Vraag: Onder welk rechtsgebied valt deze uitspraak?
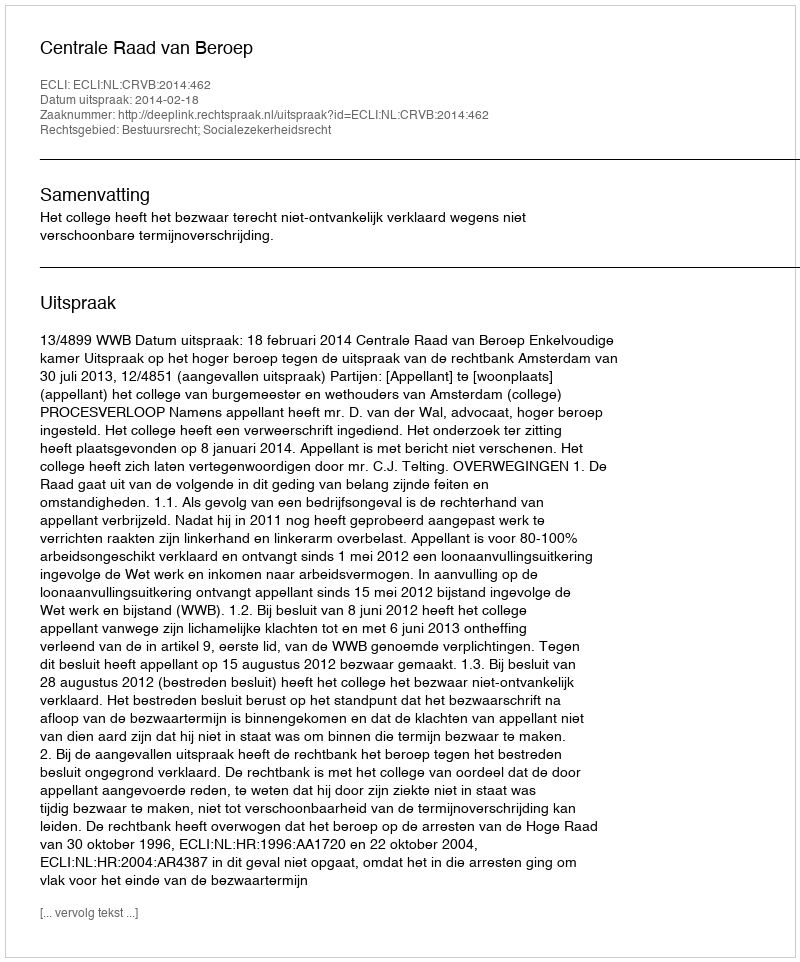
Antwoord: Bestuursrecht; Socialezekerheidsrecht